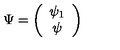
\Psi = \left( \begin{array} { c } { \psi _ { 1 } } \\ { \psi } \\ \end{array} \right)